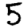
Digit: 5